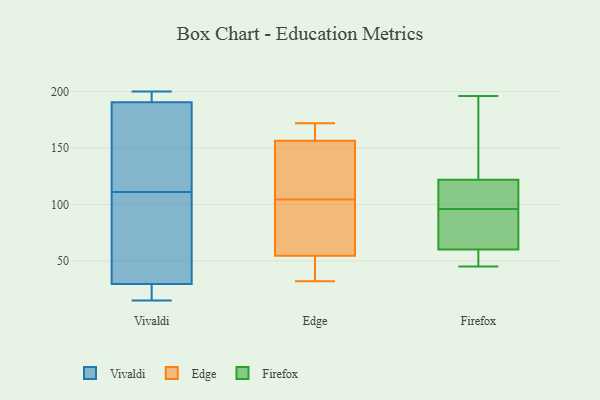
{"axis": {"x": "Population (Million)", "y": "Value"}, "legend": ["Edge", "Firefox", "Vivaldi"], "data": [{"x": "", "y": 186, "type": "Vivaldi"}, {"x": "", "y": 52, "type": "Vivaldi"}, {"x": "", "y": 18, "type": "Vivaldi"}, {"x": "", "y": 184, "type": "Vivaldi"}, {"x": "", "y": 111, "type": "Vivaldi"}, {"x": "", "y": 194, "type": "Vivaldi"}, {"x": "", "y": 192, "type": "Vivaldi"}, {"x": "", "y": 97, "type": "Vivaldi"}, {"x": "", "y": 199, "type": "Vivaldi"}, {"x": "", "y": 20, "type": "Vivaldi"}, {"x": "", "y": 15, "type": "Vivaldi"}, {"x": "", "y": 102, "type": "Vivaldi"}, {"x": "", "y": 152, "type": "Vivaldi"}, {"x": "", "y": 22, "type": "Vivaldi"}, {"x": "", "y": 200, "type": "Vivaldi"}, {"x": "", "y": 60, "type": "Edge"}, {"x": "", "y": 32, "type": "Edge"}, {"x": "", "y": 158, "type": "Edge"}, {"x": "", "y": 155, "type": "Edge"}, {"x": "", "y": 162, "type": "Edge"}, {"x": "", "y": 44, "type": "Edge"}, {"x": "", "y": 151, "type": "Edge"}, {"x": "", "y": 79, "type": "Edge"}, {"x": "", "y": 49, "type": "Edge"}, {"x": "", "y": 66, "type": "Edge"}, {"x": "", "y": 172, "type": "Edge"}, {"x": "", "y": 130, "type": "Edge"}, {"x": "", "y": 122, "type": "Firefox"}, {"x": "", "y": 45, "type": "Firefox"}, {"x": "", "y": 104, "type": "Firefox"}, {"x": "", "y": 105, "type": "Firefox"}, {"x": "", "y": 70, "type": "Firefox"}, {"x": "", "y": 103, "type": "Firefox"}, {"x": "", "y": 53, "type": "Firefox"}, {"x": "", "y": 73, "type": "Firefox"}, {"x": "", "y": 82, "type": "Firefox"}, {"x": "", "y": 60, "type": "Firefox"}, {"x": "", "y": 131, "type": "Firefox"}, {"x": "", "y": 45, "type": "Firefox"}, {"x": "", "y": 165, "type": "Firefox"}, {"x": "", "y": 116, "type": "Firefox"}, {"x": "", "y": 89, "type": "Firefox"}, {"x": "", "y": 196, "type": "Firefox"}, {"x": "", "y": 59, "type": "Firefox"}, {"x": "", "y": 132, "type": "Firefox"}]}